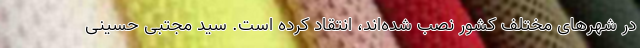
در شهرهای مختلف کشور نصب شده‌اند، انتقاد کرده است. سید مجتبی حسینی